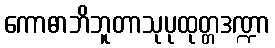
ကောဓာဘိဘူတာသုပုထုတ္တဒဏ္ဍာ